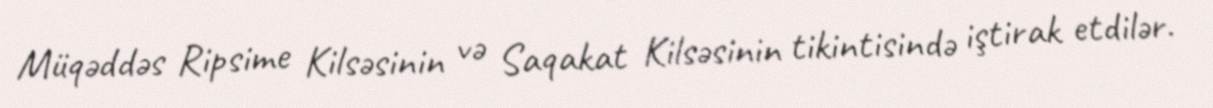
Müqəddəs Ripsime Kilsəsinin və Saqakat Kilsəsinin tikintisində iştirak etdilər.